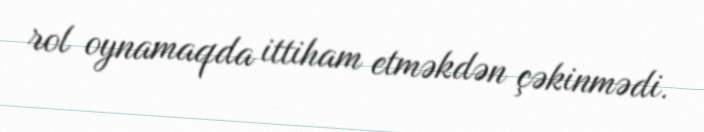
rol oynamaqda ittiham etməkdən çəkinmədi.